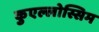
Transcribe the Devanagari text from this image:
कुएल्लोस्सिम